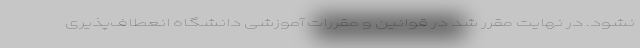
نشود. در نهایت مقرر شد در قوانین و مقررات آموزشی دانشگاه انعطاف‌پذیری